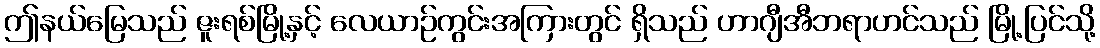
ဤနယ်မြေသည် ဇူးရစ်မြို့နှင့် လေယာဉ်ကွင်းအကြားတွင် ရှိသည် ဟာဂျီအီဘရာဟင်သည် မြို့ပြင်သို့